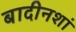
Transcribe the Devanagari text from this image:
बादीनशां